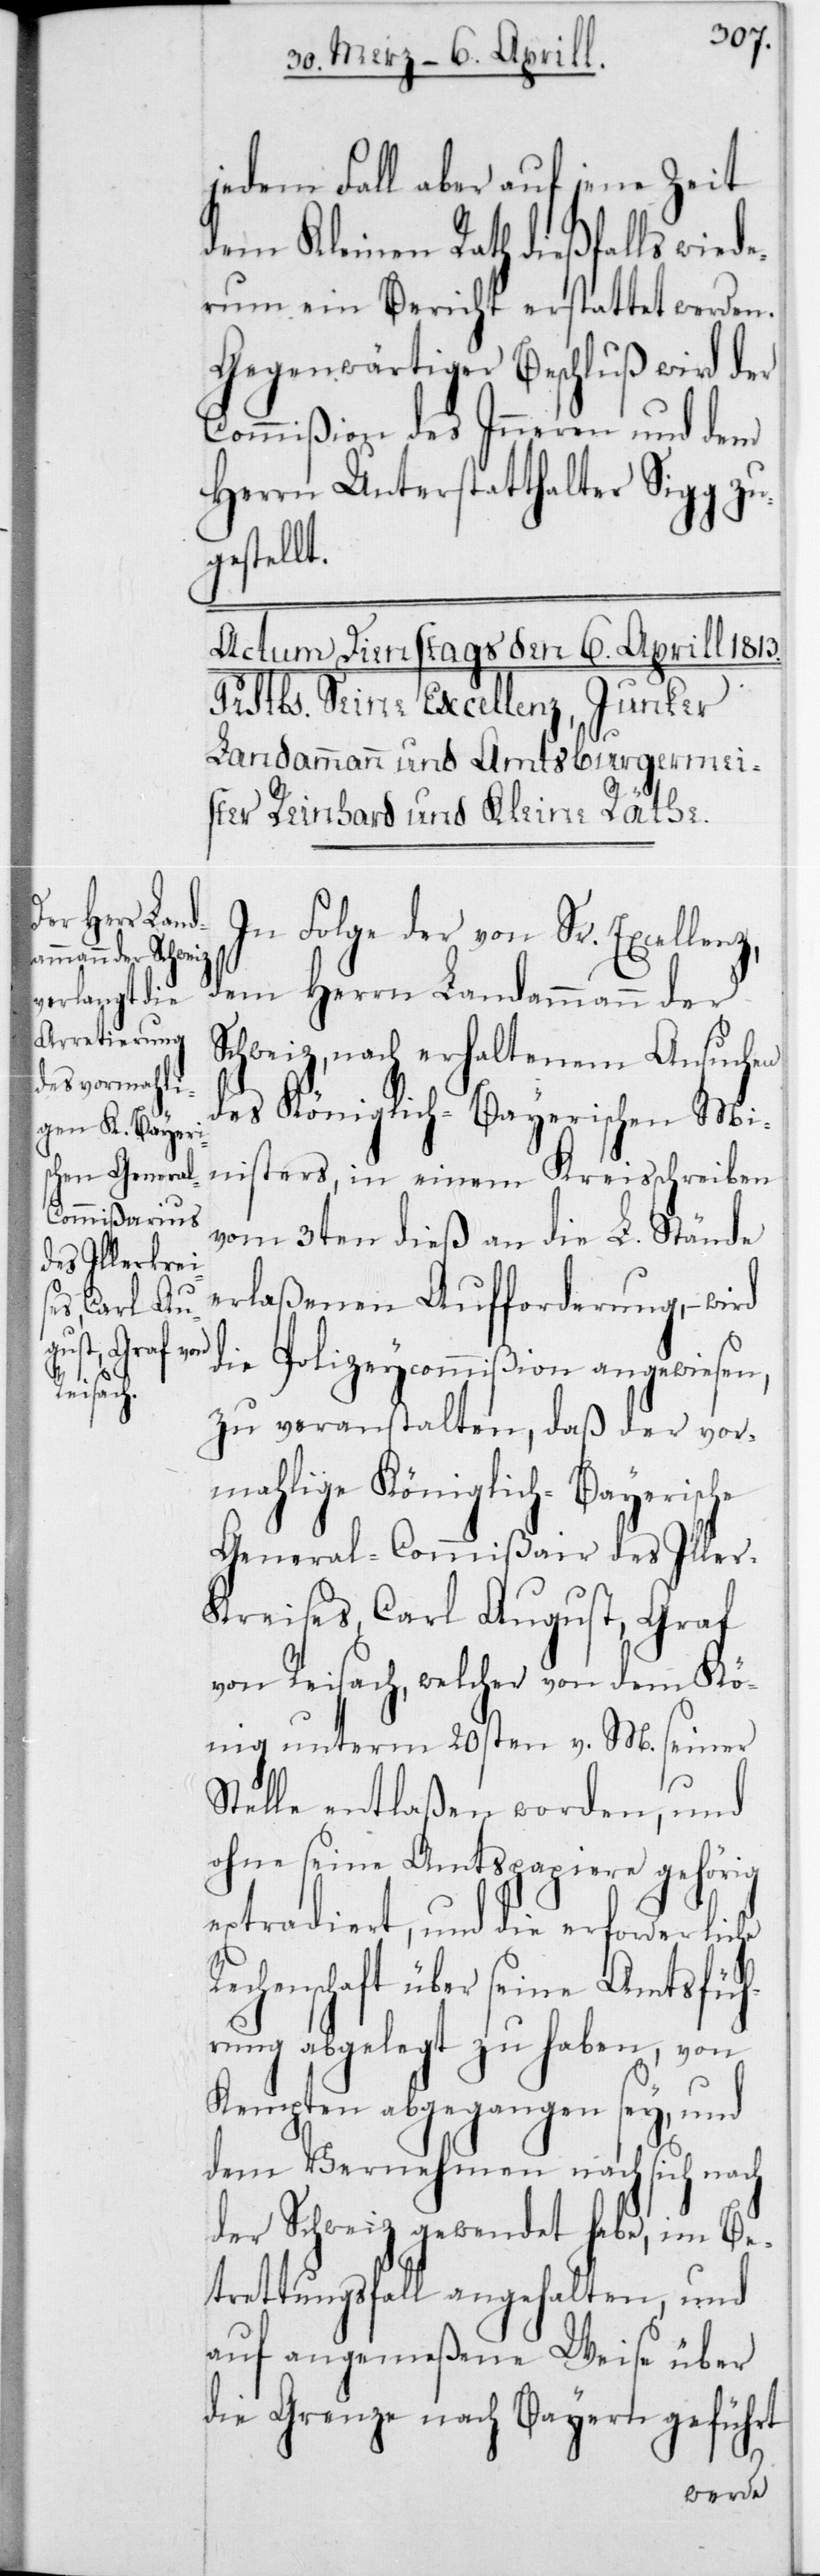
jedem Fall aber auf jene Zeit
dem Kleinen Rath dießfalls wiede¬
rum ein Bericht erstattet werden.
Gegenwärtiger Beschluß wird der
Commißion des Innern und dem
Herrn Unterstatthalter Sigg zu¬
gestellt.
In Folge der von Sr. Excellenz,
dem Herrn Landammann der
Schweiz, nach erhaltenem Ansuchen
des Königlich-Bayerischen Mi¬
nisters, in einem Kreisschreiben
vom 3ten dieß an die L. Stände
erlaßenen Auforderung, – wird
die Polizeicommißion angewiesen,
zu veranstalten, dass der vor¬
malige Königlich-Bayerische
General-Commißair des Ille¬
r-Kreises, Carl August, Graf
von Reisach, welcher von dem Kö¬
nig unterm 20sten v. M. seiner
Stelle entlaßen worden, und
ohne seine Amtspapiere gehörig
extradiert, und die erforderliche
Rechenschaft über seine Amtsfüh¬
rung abgelegt zu haben, von
Kempten abgegangen sey, und
dem Vernehmen nach sich nach
der Schweiz gewendet habe; im Be¬
tretungsfall angehalten, und
auf angemeße Weise über
die Grenze nach Bayern geführt